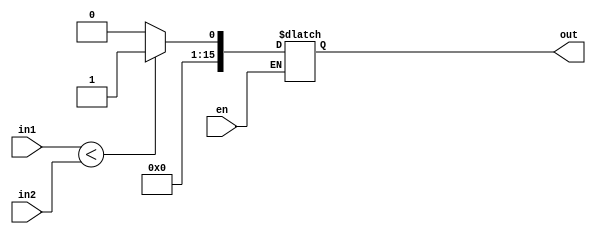
module slt_unity(en, in1, in2, out);
	input en;
	input [15:0] in1, in2;
	output reg [15:0] out;
	
	always @(*) begin
		if(en)
			if (in1<in2)
				out <= 1;
			else
				out <= 0;
	end			
endmodule